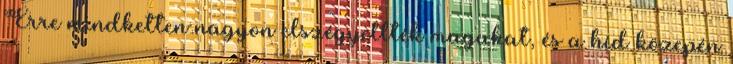
Erre mindketten nagyon elszégyellték magukat, és a híd közepén